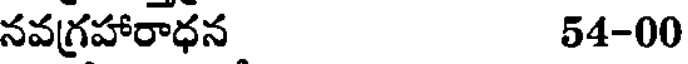
నవగ్రహారాధన 54-00